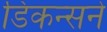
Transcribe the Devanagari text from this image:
डिकन्सने